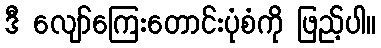
ဒီ လျော်ကြေးတောင်းပုံစံကို ဖြည့်ပါ။